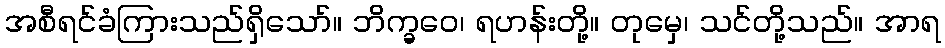
အစီရင်ခံကြားသည်ရှိသော်။ ဘိက္ခဝေ၊ ရဟန်းတို့။ တုမှေ၊ သင်တို့သည်။ အာရ